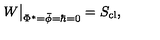
W \big | _ { \Phi ^ { * } = \bar { \phi } = \hbar = 0 } = S _ { \mathrm { c l } } ,